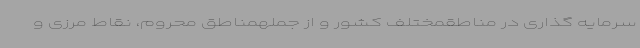
سرمایه گذاری در مناطقمختلف کشور و از جملهمناطق محروم، نقاط مرزی و